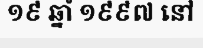
១៩ ឆ្នាំ ១៩៩៧ នៅ